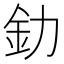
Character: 釛